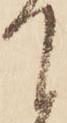
て